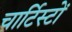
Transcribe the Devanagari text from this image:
चार्टिस्टों